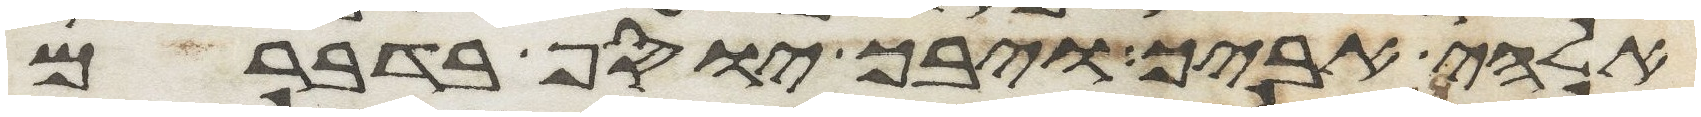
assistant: אלהי אביך ויבך יוסף בדברם